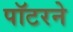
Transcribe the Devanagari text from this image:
पॉटरने